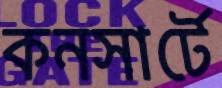
কনসার্টে